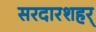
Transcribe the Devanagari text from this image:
सरदारशहर्